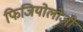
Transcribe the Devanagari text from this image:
फिजियोलोजी